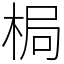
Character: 梮